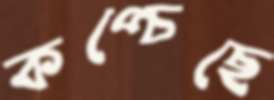
কপ্‌চেছে